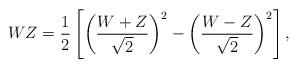
LaTeX: \begin{align*} W Z= \frac{1}{2}\left[ \left(\frac{W+ Z}{\sqrt{2}}\right)^2- \left(\frac{W- Z}{\sqrt{2}}\right)^2\right],\end{align*}